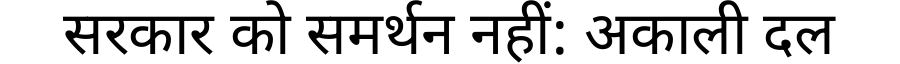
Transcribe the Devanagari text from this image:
सरकार को समर्थन नहीं: अकाली दल